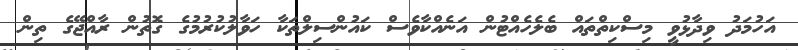
އަހުމަދު ވިދާޅުވީ މިސްކިތްތައް ބެލެހެއްޓުން އަނެއްކާވެސް ކައުންސިލްތަކާ ހަވާލުކުރުމުގެ ގޮތުން ރާއްޖޭގެ ތިން